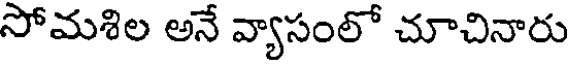
సోమశిల అనే వ్యాసంలో చూచినారు